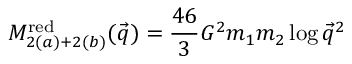
M _ { 2 ( a ) + 2 ( b ) } ^ { \mathrm { r e d } } ( \vec { q } ) = { \frac { 4 6 } { 3 } } G ^ { 2 } m _ { 1 } m _ { 2 } \log \vec { q } ^ { 2 }